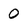
Character: 0